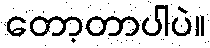
တော့တာပါပဲ။